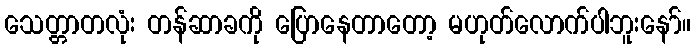
သေတ္တာတလုံး တန်ဆာခကို ပြောနေတာတော့ မဟုတ်လောက်ပါဘူးနော်။